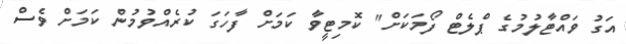
އަގު ވައްޓާލުމުގެ ޕްލެޓް ފޯމަކަށް" ކޮމިޓީވާ ކަމަށް ފާހަގަ ކުރެއްވުމުން ކަމަށް ވެސް